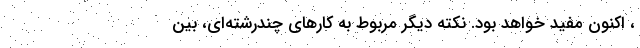
، اکنون مفید خواهد بود. نکته دیگر مربوط به کارهای چندرشته‌ای، بین